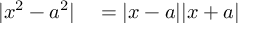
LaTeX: \begin{array} { r l } { | x ^ { 2 } - a ^ { 2 } | } & { { } = | x - a | | x + a | } \end{array}